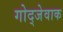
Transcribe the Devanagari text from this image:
गोद्जेवाक